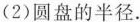
(2)圆盘的半径。